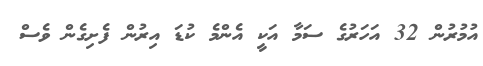
އުމުރުން 32 އަހަރުގެ ސަމާ އަކީ އެންމެ ކުޑަ އިރުން ފެށިގެން ވެސް